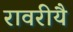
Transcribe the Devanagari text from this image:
रावरीयै